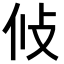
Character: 𭣢